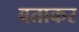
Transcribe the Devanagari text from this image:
वताकर